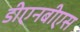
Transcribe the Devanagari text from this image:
डीएनबीएस